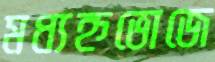
মধ্যহ্নভোজে